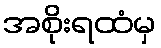
အစိုးရထံမှ